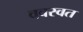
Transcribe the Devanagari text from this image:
ववस्वत